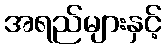
အရည်များနှင့်